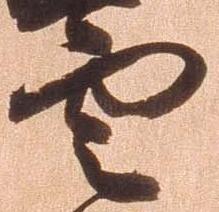
雲